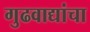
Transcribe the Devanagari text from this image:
गुढवाद्यांचा